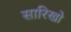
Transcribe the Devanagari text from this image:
सारिखो